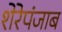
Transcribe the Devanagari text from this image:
शेरेपंजाब